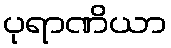
ပုရာဏိယာ